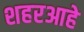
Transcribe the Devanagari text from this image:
शहरआहे